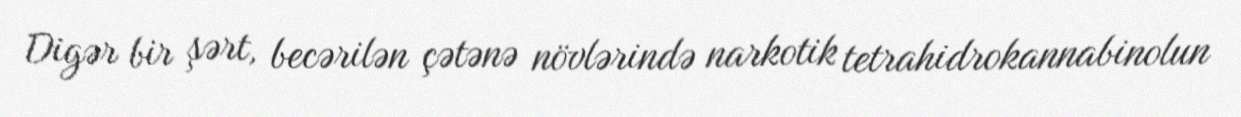
Digər bir şərt, becərilən çətənə növlərində narkotik tetrahidrokannabinolun